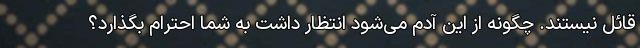
قائل نیستند. چگونه از این آدم می‌شود انتظار داشت به شما احترام بگذارد؟